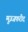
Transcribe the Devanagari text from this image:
मुज़्जफरीद